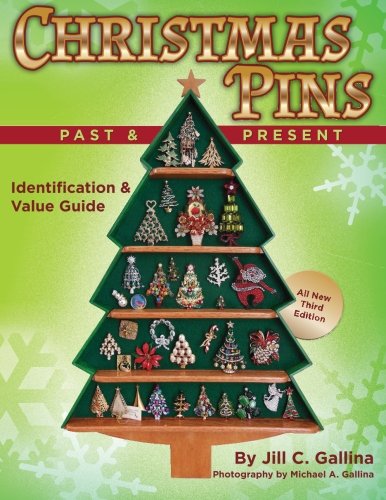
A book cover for Christmas Pins Past & Present: All New Third Edition; Mrs. Jill C Gallina; Crafts, Hobbies & Home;